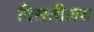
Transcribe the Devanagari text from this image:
दिसतीलच